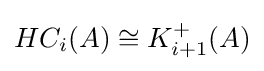
HC_{i}(A)\cong K_{i+1}^{+}(A)